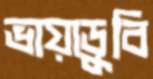
ভায়াডুবি